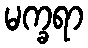
မက္ခရာ